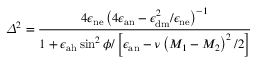
\varDelta ^ { 2 } = \frac { 4 \epsilon _ { \mathrm { n e } } \left( 4 \epsilon _ { \mathrm { a n } } - \epsilon _ { \mathrm { d m } } ^ { 2 } / \epsilon _ { \mathrm { n e } } \right) ^ { - 1 } } { 1 + \epsilon _ { \mathrm { a h } } \sin ^ { 2 } \phi / \left[ \epsilon _ { \mathrm { a n } } - \nu \left( M _ { 1 } - M _ { 2 } \right) ^ { 2 } / 2 \right] }